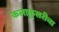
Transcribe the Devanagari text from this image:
कलाकुसरीचा